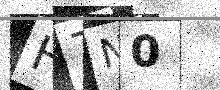
Text: H7N0